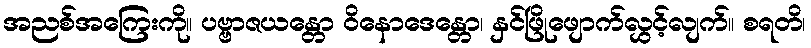
အညစ်အကြေးကို။ ပဗ္ဗာဇယန္တော ဝိနောဒေန္တော၊ နှင်ဖြိုဖျောက်လွှင့်လျက်။ စရတိ၊